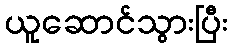
ယူဆောင်သွားပြီး